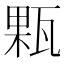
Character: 㼫